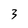
Character: 3